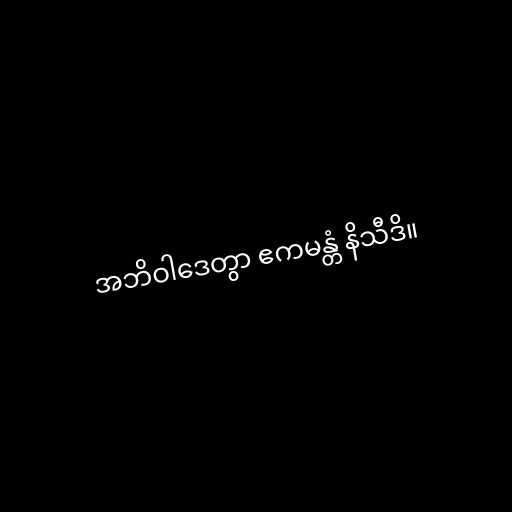
အဘိဝါဒေတွာ ဧကမန္တံ နိသီဒိ။